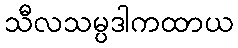
သီလသမ္ပဒါကထာယ